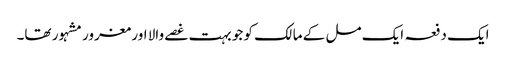
ایک دفعہ ایک مل کے مالک کو جو بہت غصے والا اور مغرور مشہور تھا۔